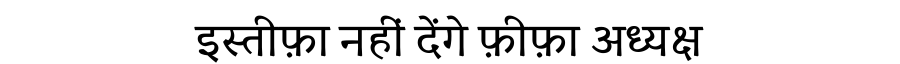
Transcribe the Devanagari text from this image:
इस्तीफ़ा नहीं देंगे फ़ीफ़ा अध्यक्ष